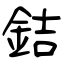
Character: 銡